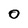
Character: 0